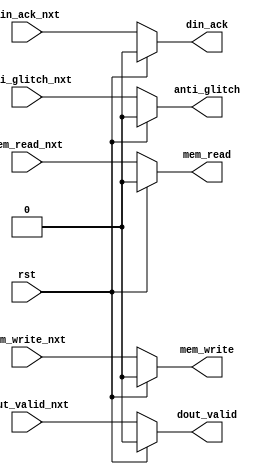
`timescale 1ns / 1ps
//////////////////////////////////////////////////////////////////////////////////
// Company: 
// Engineer: 
// 
// Design Name: 
// Module Name: mem_ctl_rst_delay
// Project Name: 
// Target Devices: 
// Tool Versions: 
// Description: 
// 
// Dependencies: 
// 
// Revision:
// Revision 0.01 - File Created
// Additional Comments:
// 
//////////////////////////////////////////////////////////////////////////////////


module mem_ctl_rst_delay(
    input rst,
    input din_ack_nxt,
    input mem_write_nxt,
    input mem_read_nxt,
    input dout_valid_nxt,
    input anti_glitch_nxt,    
    
    output reg din_ack,
    output reg mem_write,
    output reg mem_read,
    output reg dout_valid,
    output reg anti_glitch
    );
    
    always @*    
    begin
    if( rst == 1)         
        begin     
            din_ack     <= #10 1'b0;
            dout_valid  <= #10 1'b0;
            mem_write   <= #10 1'b0;
            mem_read    <= #10 1'b0;   
            anti_glitch <= #10 1'b0;  
        end
    else      
        begin     
            din_ack     <= #10 din_ack_nxt;
            dout_valid  <= #10 dout_valid_nxt;
            mem_write   <= #10 mem_write_nxt;
            mem_read    <= #10 mem_read_nxt;   
            anti_glitch <= #10 anti_glitch_nxt;  
        end
    end
endmodule